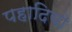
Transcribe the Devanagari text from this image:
पहादियो